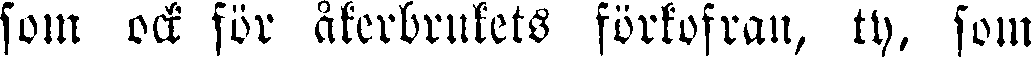
som ock för åkerbrukets förkofran, ty, som